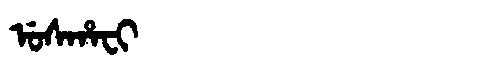
Manchu: ᡠᠰᡥᠠᠸᡳ
Romanization: USHAFI